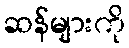
ဆန်များကို